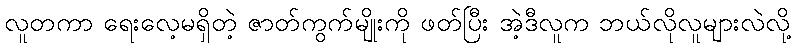
လူတကာ ရေးလေ့မရှိတဲ့ ဇာတ်ကွက်မျိုးကို ဖတ်ပြီး အဲ့ဒီလူက ဘယ်လိုလူများလဲလို့